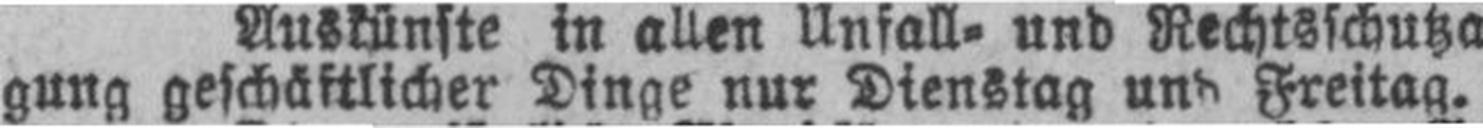
gung geschäftlicher Dinge nur Dienstag und Freitag.